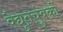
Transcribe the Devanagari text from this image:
वैद्युतचुंबकों